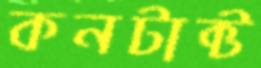
কনটাক্ট